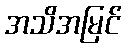
အသိအမြင်